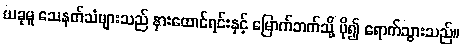
ယခုမူ သေနတ်သံများသည် နားထောင်ရင်းနှင့် မြောက်ဘက်သို့ ပို၍ ရောက်သွားသည်။